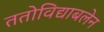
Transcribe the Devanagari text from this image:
ततोविद्याबलेन